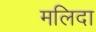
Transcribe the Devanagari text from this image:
मलिदा